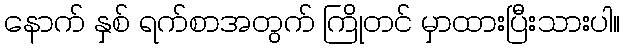
နောက် နှစ် ရက်စာအတွက် ကြိုတင် မှာထားပြီးသားပါ။